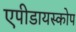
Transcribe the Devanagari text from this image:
एपीडायस्कोप